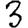
Digit: 3